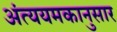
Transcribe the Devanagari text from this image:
अंत्ययमकानुसार